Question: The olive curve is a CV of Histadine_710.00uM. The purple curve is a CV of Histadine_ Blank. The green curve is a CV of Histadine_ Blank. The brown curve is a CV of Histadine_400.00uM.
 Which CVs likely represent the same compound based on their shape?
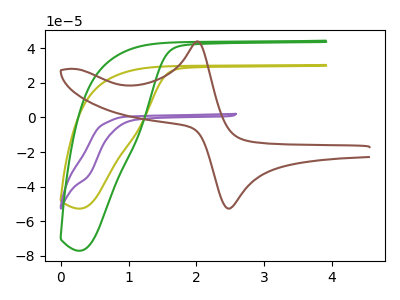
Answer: <think>The olive curve "Histadine_710.00uM" has no peaks. The purple curve "Histadine_ Blank" has no peaks. The green curve "Histadine_ Blank" has no peaks. The brown curve "Histadine_400.00uM" has an anodic peak at (2.00V, 43.90uA) and a cathodic peak at (2.50V, -52.55uA).
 Neither "Histadine_710.00uM" or "Histadine_ Blank" have any peaks. Neither "Histadine_710.00uM" or "Histadine_ Blank" have any peaks. "Histadine_710.00uM" and "Histadine_400.00uM" have a different number of peaks. Neither "Histadine_ Blank" or "Histadine_ Blank" have any peaks. "Histadine_ Blank" and "Histadine_400.00uM" have a different number of peaks. "Histadine_ Blank" and "Histadine_400.00uM" have a different number of peaks.</think>
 <answer>"Histadine_710.00uM", "Histadine_ Blank" and "Histadine_ Blank" have the same shape and are likely CV's of the same chemical.</answer>
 <eval>"Histadine_710.00uM" "Histadine_ Blank" "Histadine_ Blank"</eval>